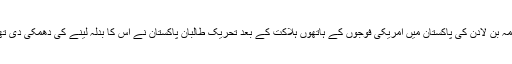
اسامہ بن لادن کی پاکستان میں امریکی فوجوں کے ہاتھوں ہلاکت کے بعد تحریکِ طالبان پاکستان نے اِس کا بدلہ لینے کی دھمکی دی تھی۔